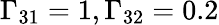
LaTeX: \Gamma_{31}=1,\Gamma_{32}=0.2